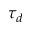
\tau _ { d }